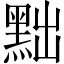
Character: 黜